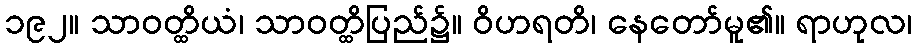
၁၉၂။ သာဝတ္ထိယံ၊ သာဝတ္ထိပြည်၌။ ဝိဟရတိ၊ နေတော်မူ၏။ ရာဟုလ၊